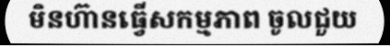
មិនហ៊ានធ្វើសកម្មភាព ចូលជួយ